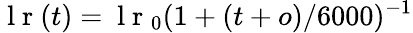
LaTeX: \mathrm{~l~r~}(t)=\mathrm{~l~r~}_{0}(1+(t+o)/6000)^{-1}